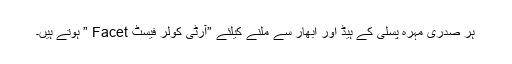
ہر صدری مہرہ پسلی کے ہیڈ اور ابھار سے ملنے کیلئے ”آرٹی کولر فیسٹ Facet ” ہوتے ہیں۔